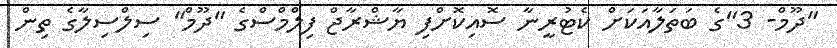
"ދޫމް- 3"ގެ ބަތަލާއަކަށް ކެޓުރީނާ ސޮއިކޮށްފި ޔާޝްރާޖް ފިލްމްސްގެ "ދޫމް" ސިލްސިލާގެ ތިން